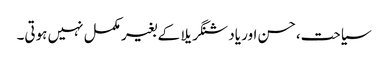
سیاحت،حسن اور یاد شنگریلا کے بغیر مکمل نہیں ہوتی۔